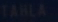
TAHLA-